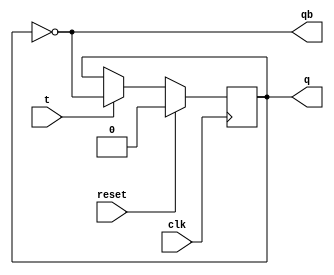
module t_ff(q,qb,t,clk,reset);
output reg q;
output qb;
input t,clk,reset;
always@(posedge clk)
begin
if(!reset)
begin
		if(t==0)
			q<=q;
		else
			q<=~q;
end
else
	q<=0;
end
assign qb=~q;
endmodule